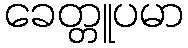
ခေတ္တူပမာ